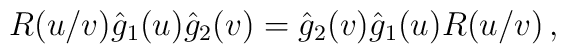
R(u/v)\hat g_{1}(u)\hat g_{2}(v)=\hat g_{2}(v)\hat g_{1}(u)R(u/v)\,,